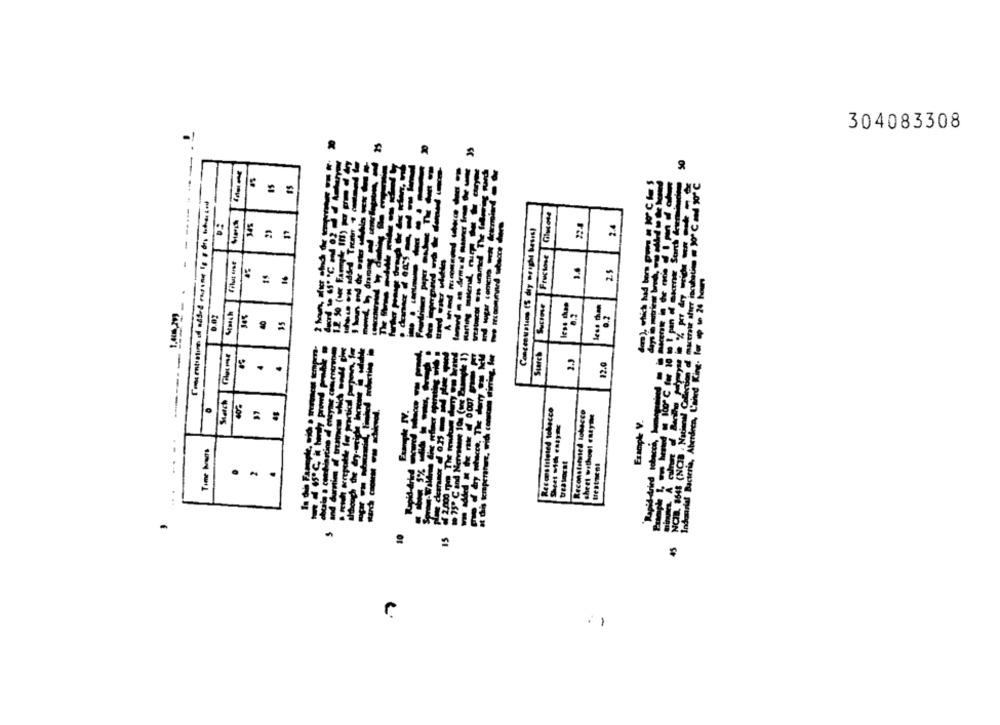
304083308
R
IL. 1548 (NCIB . National Colection df macerie after incubation = "0ºC ad ""℃
Starch Sucrose Fructose Glucose
Concenwatson (S diy wright basis!
25
ouriel Bacteria, Aberdeen, L'aned King. Tor p wn 24 hours
=
2
Reconstituted tobacco
Reconstituted tobacco
Example V.
Time hours
..
treatment
...
.
.
--------------
---------------
-